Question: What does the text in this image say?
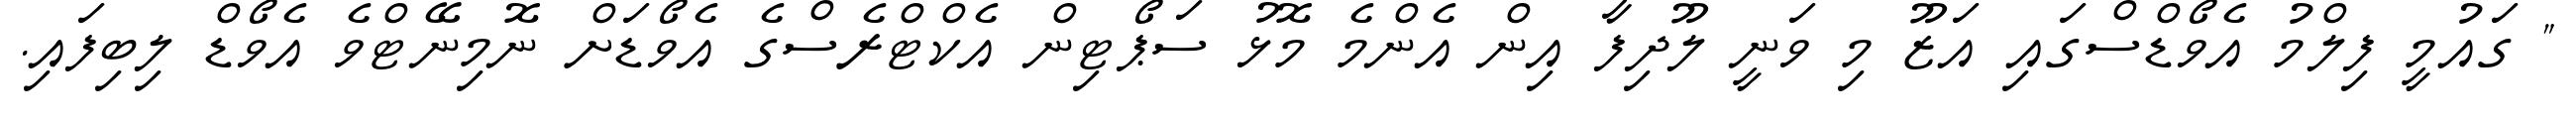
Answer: " ގައުމީ ފިލްމު އެވޯޑްސްގައި އަޒޫ މި ވަނީ ލޫދިފާ އިން އެންމެ މޮޅު ސަޕޯޓިން އެކްޓްރެސްގެ އެވޯޑަށް ނޮމިނޭޓްވެ އެވޯޑް ލިބިފައި.